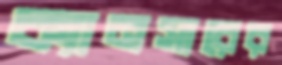
ক্যানসারের